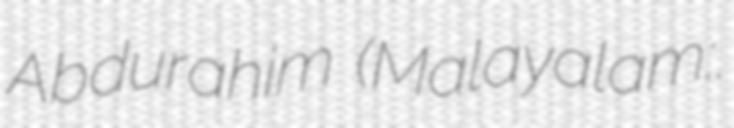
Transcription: Abdurahim (Malayalam:സി.ടി